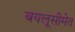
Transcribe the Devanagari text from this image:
बयलूसीमेत